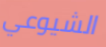
الشيوعي